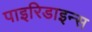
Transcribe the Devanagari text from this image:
पाइरिडाइन्स